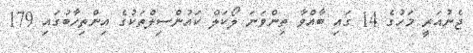
ޖެނުއަރީ މަހުގެ 14 ގައި ބާއްވާ ތިންވަނަ ލޯކަލް ކައުންސިލްތަކުގެ އިންތިހާބުގައި 179